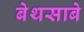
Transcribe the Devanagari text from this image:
बेथसाबे